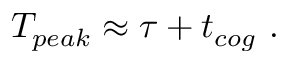
T _ { p e a k } \approx \tau + t _ { c o g } ~ .